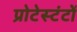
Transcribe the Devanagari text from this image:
प्रोटेस्टंटों